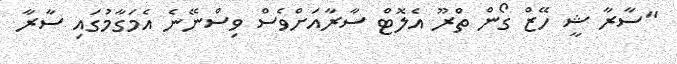
"ސާރާ ޝީ ހޭޒް ގޯން ތްރޫ އެލޮޓް ސާރާއަށްވެސް ވިސްނޭނެ އެމަގާމުގައި ސާރާ